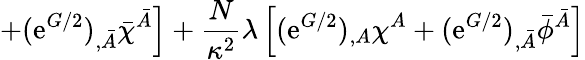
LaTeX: \left.+(\mathrm{e}^{G/2})_{,\bar{{A}}}\bar{{\chi}}^{\bar{{A}}}\right]+\frac{{N}}{{\kappa^{2}}}\lambda\left[(\mathrm{e}^{G/2})_{,A}\chi^{A}+(\mathrm{e}^{G/2})_{,\bar{{A}}}\bar{{\phi}}^{\bar{{A}}}\right]